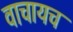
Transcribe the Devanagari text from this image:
वाचायच